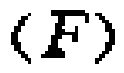
\((F)\)